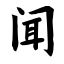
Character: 闻